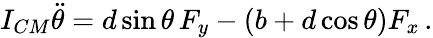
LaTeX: \begin{array}{r}{I_{CM}\ddot{\theta}=d\sin\theta\, F_{y}-(b+d\cos\theta)F_{x}\, .}\end{array}